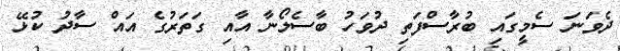
ދެވަނަ ސެމީގައި ބުރާސްފަތި ދުވަހު ބާސެލޯނާ އާއި ގަތަރުގެ އައް ސާދު ކުޅޭ